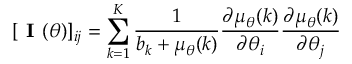
\lbrack \textbf { I } ( \theta ) \rbrack _ { i j } = \sum _ { k = 1 } ^ { K } \frac { 1 } { b _ { k } + \mu _ { \theta } ( k ) } \frac { \partial \mu _ { \theta } ( k ) } { \partial \theta _ { i } } \frac { \partial \mu _ { \theta } ( k ) } { \partial \theta _ { j } }